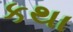
કથા